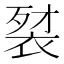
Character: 𲀰